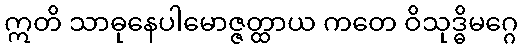
ဣတိ သာဓုနေပါမောဇ္ဇတ္ထာယ ကတေ ဝိသုဒ္ဓိမဂ္ဂေ